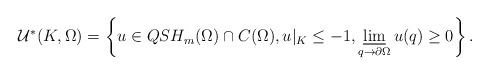
\begin{align*}\begin{aligned}\mathcal{U}^*(K,\Omega)=\left\{u\in QSH_m(\Omega)\cap C(\Omega), u\vert_{K}\leq -1 , \varliminf_{q\to \partial\Omega} u(q)\geq 0 \right \}.\end{aligned}\end{align*}